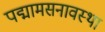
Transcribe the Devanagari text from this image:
पद्मामसनावस्था